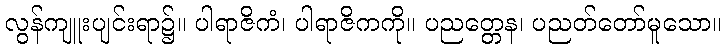
လွန်ကျူးပျင်းရာ၌။ ပါရာဇိကံ၊ ပါရာဇိကကို။ ပညတ္တေန၊ ပညတ်တော်မူသော။